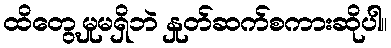
ထိတွေ့မှုမရှိဘဲ နှုတ်ဆက်စကားဆိုပါ။